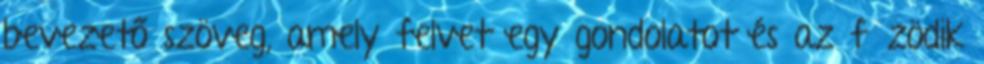
bevezető szöveg, amely felvet egy gondolatot és az fűzödik